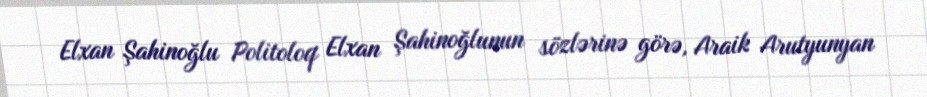
Elxan Şahinoğlu Politoloq Elxan Şahinoğlunun sözlərinə görə, Araik Arutyunyan